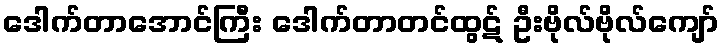
ဒေါက်တာအောင်ကြီး ဒေါက်တာတင်ထွဋ် ဦးဗိုလ်ဗိုလ်ကျော်